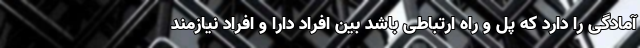
آمادگی را دارد که پل و راه ارتباطی باشد بین افراد دارا و افراد نیازمند